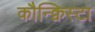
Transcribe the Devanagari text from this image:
कौन्क्विस्टा